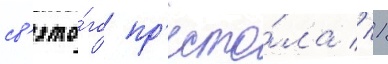
св'ято́го пр'есто́ла // 1